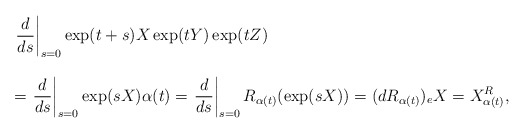
\begin{align*} \begin{array}{lll}&&\displaystyle{\left.\frac{d}{ds}\right|_{s=0}\exp (t+s)X \exp (tY) \exp(tZ)}\ \\\\&&=\displaystyle{\left.\frac{d}{ds}\right|_{s=0}\exp(sX)\alpha(t)}=\displaystyle{\left.\frac{d}{ds}\right|_{s=0}R_{\alpha(t)}(\exp (sX))}=(dR_{\alpha(t)})_eX=X^R_{\alpha(t)},\end{array}\end{align*}